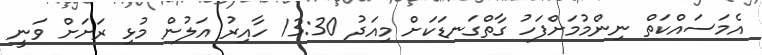
އެމަސައްކަތް ނިންމުމަށްފަހު ގާތްގަނޑަކަށް މިއަދު 13:30 ހާއިރު އަލުން މުޅި ރަށަށް ވަނީ